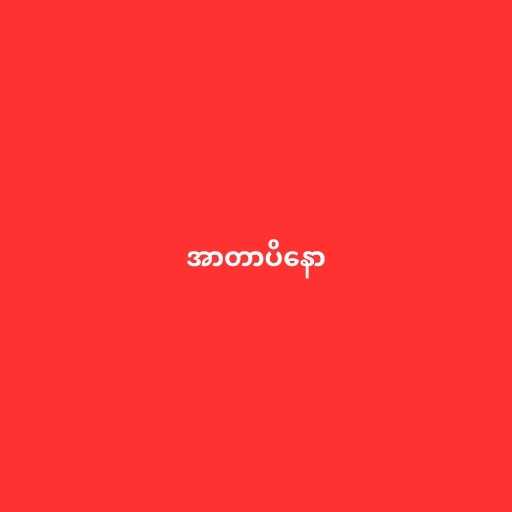
အာတာပိနော